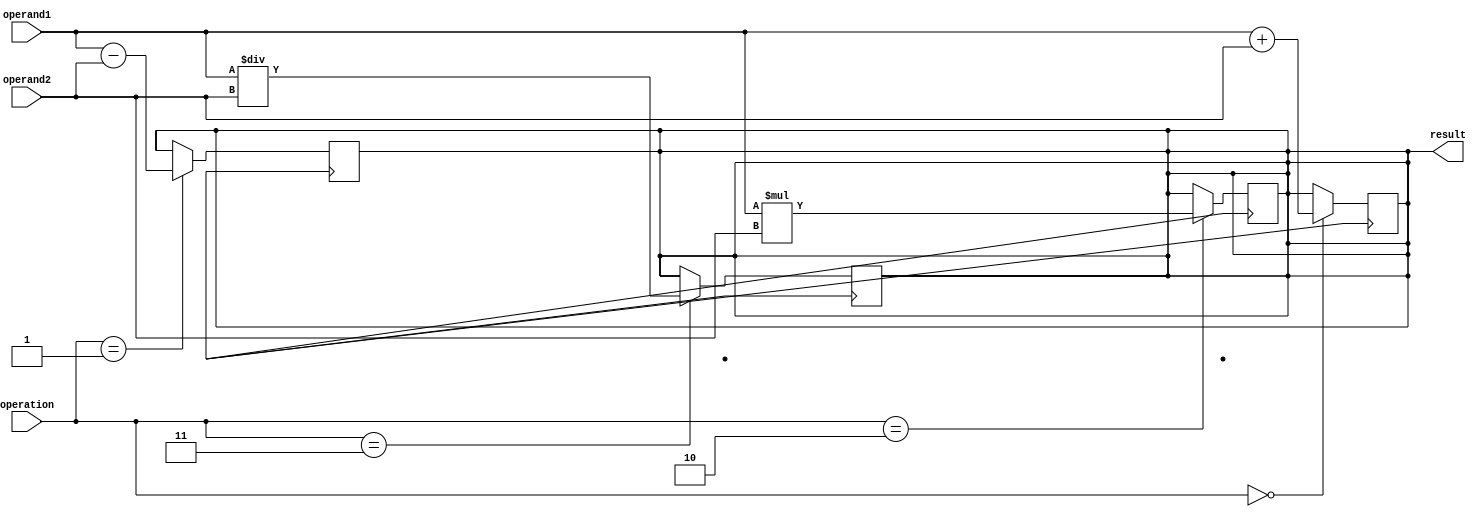
module floating_point_alu (
    input [31:0] operand1,
    input [31:0] operand2,
    input [2:0] operation, // 0: addition, 1: subtraction, 2: multiplication, 3: division
    output reg [31:0] result
);

// Addition
always @(posedge clk) begin
    if(operation == 0)
        result <= operand1 + operand2;
end

// Subtraction
always @(posedge clk) begin
    if(operation == 1)
        result <= operand1 - operand2;
end

// Multiplication
always @(posedge clk) begin
    if(operation == 2)
        result <= operand1 * operand2;
end

// Division
always @(posedge clk) begin
    if(operation == 3)
        result <= operand1 / operand2;
end

endmodule